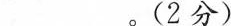
____。(2分)